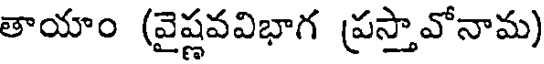
తాయాం (వైష్ణవవిభాగ ప్రస్తావోనామ)